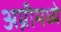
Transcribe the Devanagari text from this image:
अग्नीमध्ये